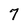
Character: 7